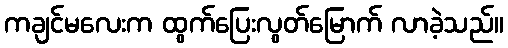
ကချင်မလေးက ထွက်ပြေးလွတ်မြောက် လာခဲ့သည်။